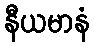
နီယမာနံ